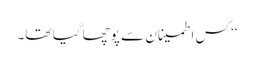
‘‘ کس اطمینان سے پوچھا گیا تھا۔